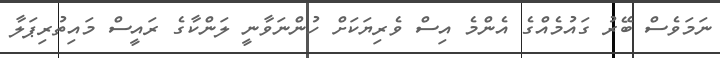
ނަމަވެސް ބޭރު ގައުމެއްގެ އެންމެ އިސް ވެރިޔަކަށް ހުންނަވާނީ ލަންކާގެ ރައީސް މައިތުރިޕަލާ